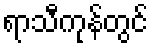
ရာသီကုန်တွင်